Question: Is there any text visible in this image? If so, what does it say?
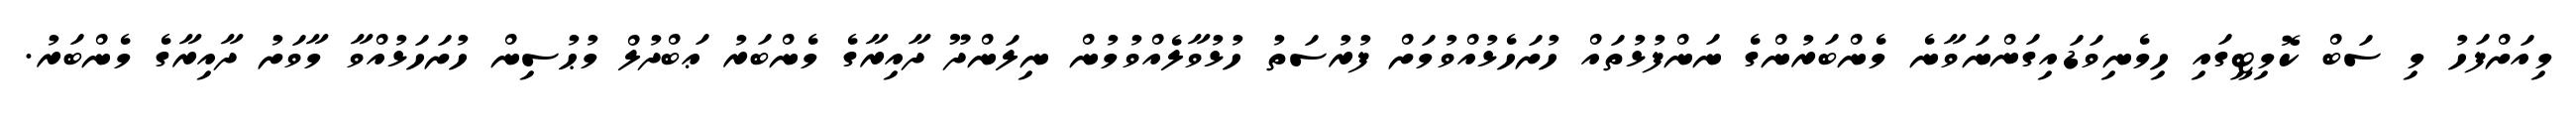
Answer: މިއަށްފަހު މި ސަބް ކޮމިޓީގައި ހިމެނިވަޑައިގަންނަވާނެ މެންބަރުންގެ ނަންފުޅުތައް ހުށަހެޅުއްވުމަށް ފުރުސަތު ހުޅުވާލެއްވުމުން ނިލަންދޫ ދާއިރާގެ މެންބަރު ޢަބްދުލް މުޙުސިން ހުށަހަޅުއްވާ މާވަށު ދާއިރާގެ މެންބަރު.